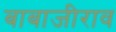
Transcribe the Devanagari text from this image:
बाबाजीराव